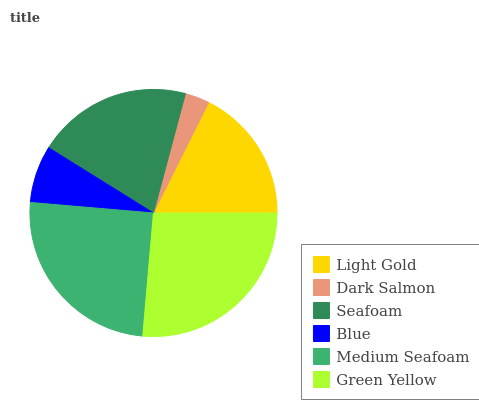
| Light Gold | Dark Salmon | Seafoam | Blue | Medium Seafoam | Green Yellow |
 | --- | --- | --- | --- | --- | --- |
 | 17.6% | 3.21% | 20.3% | 7.48% | 24.9% | 26.4% |